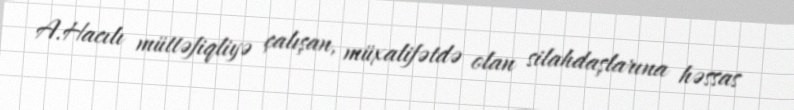
A.Hacılı müttəfiqliyə çalışan, müxalifətdə olan silahdaşlarına həssas